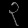
Digit: ၃